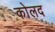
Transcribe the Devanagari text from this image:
कोलद